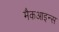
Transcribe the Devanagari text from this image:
मैकआइन्स